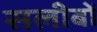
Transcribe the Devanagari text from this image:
सलीबों